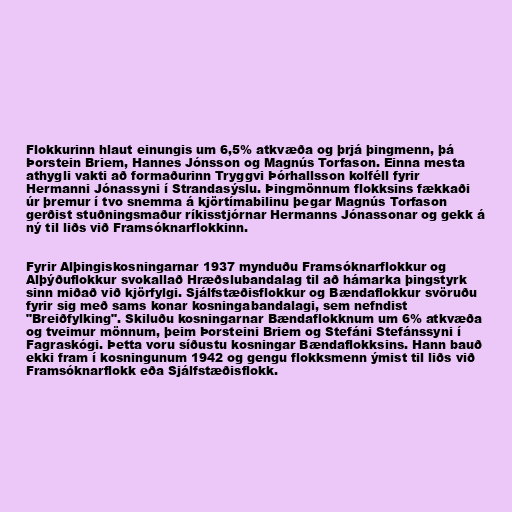
Flokkurinn hlaut einungis um 6,5% atkvæða og þrjá þingmenn, þá
Þorstein Briem, Hannes Jónsson og Magnús Torfason. Einna mesta
athygli vakti að formaðurinn Tryggvi Þórhallsson kolféll fyrir
Hermanni Jónassyni í Strandasýslu. Þingmönnum flokksins fækkaði
úr þremur í tvo snemma á kjörtímabilinu þegar Magnús Torfason
gerðist stuðningsmaður ríkisstjórnar Hermanns Jónassonar og gekk á
ný til liðs við Framsóknarflokkinn.

Fyrir Alþingiskosningarnar 1937 mynduðu Framsóknarflokkur og
Alþýðuflokkur svokallað Hræðslubandalag til að hámarka þingstyrk
sinn miðað við kjörfylgi. Sjálfstæðisflokkur og Bændaflokkur svöruðu
fyrir sig með sams konar kosningabandalagi, sem nefndist
"Breiðfylking". Skiluðu kosningarnar Bændaflokknum um 6% atkvæða
og tveimur mönnum, þeim Þorsteini Briem og Stefáni Stefánssyni í
Fagraskógi. Þetta voru síðustu kosningar Bændaflokksins. Hann bauð
ekki fram í kosningunum 1942 og gengu flokksmenn ýmist til liðs við
Framsóknarflokk eða Sjálfstæðisflokk.